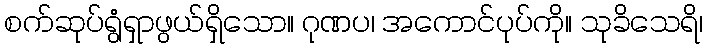
စက်ဆုပ်ရွံရှာဖွယ်ရှိသော။ ဂုဏပ၊ အကောင်ပုပ်ကို။ သုခိသေရိ၊